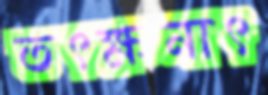
তৎক্ষনাৎ